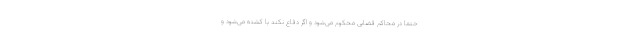
حتما در محاکم قضایی محکوم می‌شود و اگر دفاع نکند یا کشته می‌شود و